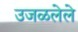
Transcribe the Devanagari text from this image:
उजळलेले